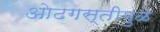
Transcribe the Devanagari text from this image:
ओढगस्तीमुळे